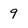
Character: 9